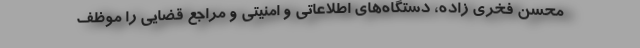
محسن فخری زاده، دستگاه‌های اطلاعاتی و امنیتی و مراجع قضایی را موظف